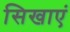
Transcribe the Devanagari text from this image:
सिखाएं